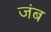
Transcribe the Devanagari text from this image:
जंब